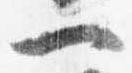
一